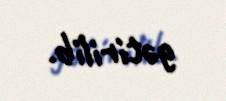
gətirilib.